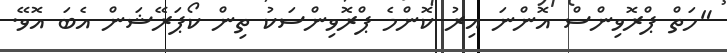
"ހަތް ޕްރޮވިންސް އޮންނަ އިރު ކޮންމެ ޕްރޮވިންސަކު ތިން ކޯޕަރޭޝަން އެބަ އޮވޭ.